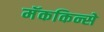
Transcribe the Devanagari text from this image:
मॅककिन्से